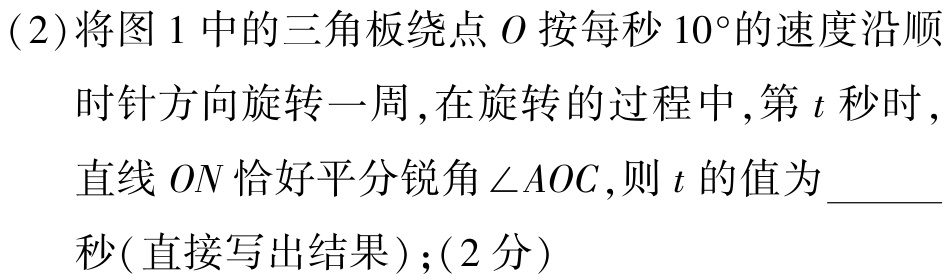
(2)将图1中的三角板绕点\(O\)按每秒\(10^{\circ}\)的速度沿顺时针方向旋转一周,在旋转的过程中,第\(t\)秒时,直线\(ON\)恰好平分锐角\(\angle AOC\),则\(t\)的值为  秒(直接写出结果);(2分)